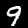
Label: 9